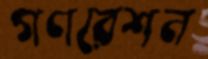
গণরেশন